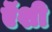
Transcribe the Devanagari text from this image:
ऎंशी